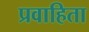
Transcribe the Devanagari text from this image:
प्रवाहिता